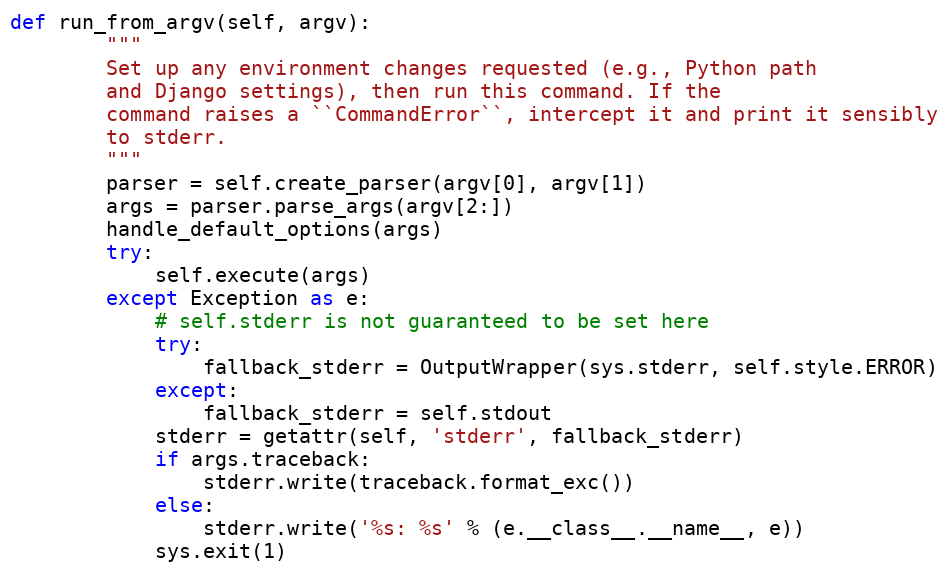
Language: Python
def run_from_argv(self, argv):
        """
        Set up any environment changes requested (e.g., Python path
        and Django settings), then run this command. If the
        command raises a ``CommandError``, intercept it and print it sensibly
        to stderr.
        """
        parser = self.create_parser(argv[0], argv[1])
        args = parser.parse_args(argv[2:])
        handle_default_options(args)
        try:
            self.execute(args)
        except Exception as e:
            # self.stderr is not guaranteed to be set here
            try:
                fallback_stderr = OutputWrapper(sys.stderr, self.style.ERROR)
            except:
                fallback_stderr = self.stdout
            stderr = getattr(self, 'stderr', fallback_stderr)
            if args.traceback:
                stderr.write(traceback.format_exc())
            else:
                stderr.write('%s: %s' % (e.__class__.__name__, e))
            sys.exit(1)